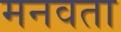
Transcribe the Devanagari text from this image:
मनवता